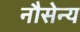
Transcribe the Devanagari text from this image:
नौसेन्य